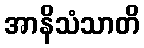
အာနိသံသာတိ